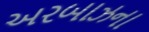
અરબાઝના